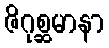
ဇိဂုစ္ဆမာနာ